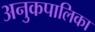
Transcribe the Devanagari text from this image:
अनुकपालिका